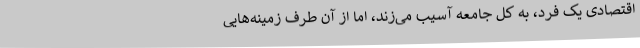
اقتصادی یک فرد، به کل جامعه آسیب می‌زند، اما از آن طرف زمینه‌هایی